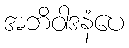
အဘိဝါဒနံပေ